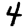
Digit: 4